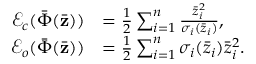
\begin{array} { r l } { \mathcal { E } _ { c } ( \bar { \Phi } ( \bar { \mathbf { z } } ) ) } & { = \frac { 1 } { 2 } \sum _ { i = 1 } ^ { n } \frac { \bar { z } _ { i } ^ { 2 } } { { \sigma } _ { i } ( \bar { z } _ { i } ) } , } \\ { \mathcal { E } _ { o } ( \bar { \Phi } ( \bar { \mathbf { z } } ) ) } & { = \frac { 1 } { 2 } \sum _ { i = 1 } ^ { n } { \sigma } _ { i } ( \bar { z } _ { i } ) \bar { z } _ { i } ^ { 2 } . } \end{array}